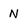
Character: N